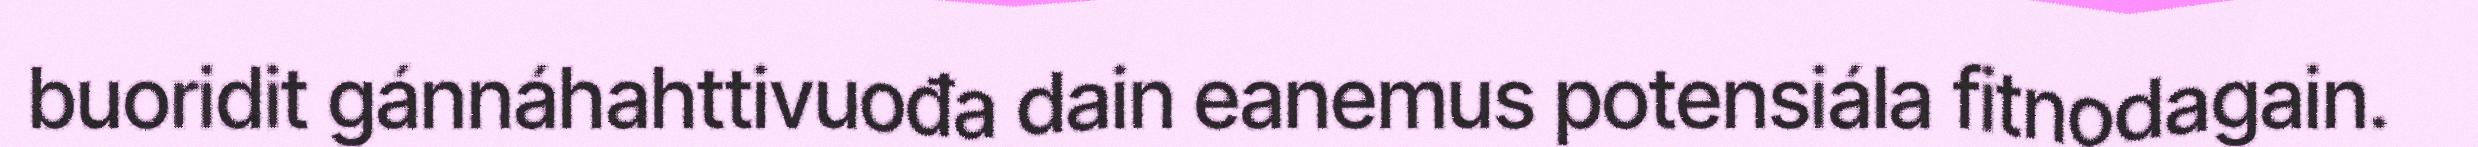
buoridit gánnáhahttivuođa dain eanemus potensiála fitnodagain.